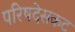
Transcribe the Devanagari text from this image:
परिषदेसकट